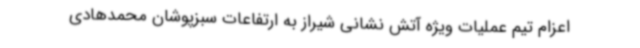
اعزام تیم عملیات ویژه آتش نشانی شیراز به ارتفاعات سبزپوشان محمدهادی